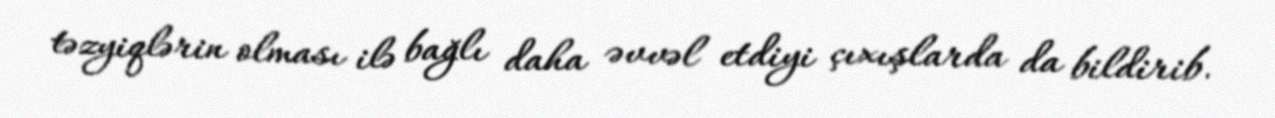
təzyiqlərin olması ilə bağlı daha əvvəl etdiyi çıxışlarda da bildirib.